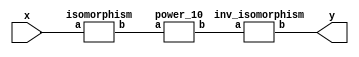
`timescale 1ns/100ps
module SMSS32_10_np_10_6(x,y);
	 input [5:0] x;
	 output [5:0] y;
	 wire [5:0] w;
	 wire [5:0] p;
	 isomorphism C2 (x,w);
	 power_10 C3 (w,p);
	 inv_isomorphism C4 (p,y);
endmodule

module add_base(a,b,c);
	 input [2:0] a;
	 input [2:0] b;
	 output [2:0] c;
	 assign c[0]=a[0]^b[0];
	 assign c[1]=a[1]^b[1];
	 assign c[2]=a[2]^b[2];
endmodule

module qube_base(a,b);
	 input [2:0] a;
	 output [2:0] b;
	 assign b[0]=a[0]^a[1]^(a[0]&a[2]);
	 assign b[1]=a[2]^(a[0]&a[1])^(a[0]&a[2]);
	 assign b[2]=a[1]^a[2]^(a[0]&a[1])^(a[1]&a[2]);
endmodule

module power_10(a,b);
	 input [5:0] a;
	 output [5:0] b;
	 wire [2:0] x_0;
	 wire [2:0] x_1;
	 wire [2:0] x_2;
	 wire [2:0] x_3;
	 wire [2:0] x_4;
	 wire [2:0] x_5;
	 wire [2:0] y_0;
	 wire [2:0] y_1;
	 assign x_0[0]=a[0];
	 assign x_0[1]=a[1];
	 assign x_0[2]=a[2];
	 assign x_1[0]=a[3];
	 assign x_1[1]=a[4];
	 assign x_1[2]=a[5];
	 add_base A1 (x_0,x_1,x_2);
	 qube_base A2 (x_2,x_3);
	 qube_base  A3 (x_0,x_4);
	 qube_base A4 (x_1,x_5);
	 add_base A5 (x_5,x_3,y_0);
	 add_base A6 (x_4,x_3,y_1);
	 assign b[0]=y_0[0];
	 assign b[1]=y_0[1];
	 assign b[2]=y_0[2];
	 assign b[3]=y_1[0];
	 assign b[4]=y_1[1];
	 assign b[5]=y_1[2];
endmodule

module inv_isomorphism(a,b);
	 input [5:0] a;
	 output [5:0] b;
	 assign b[0]=a[0]^a[1]^a[3]^a[5];
	 assign b[1]=a[1]^a[3]^a[4];
	 assign b[2]=a[0]^a[1];
	 assign b[3]=a[0]^a[1]^a[2]^a[3]^a[5];
	 assign b[4]=a[2]^a[3];
	 assign b[5]=a[0];
endmodule

module isomorphism(a,b);
	 input [5:0] a;
	 output [5:0] b;
	 assign b[0]=a[2]^a[4]^a[5];
	 assign b[1]=a[0]^a[1]^a[2]^a[4]^a[5];
	 assign b[2]=a[0]^a[2]^a[3]^a[4]^a[5];
	 assign b[3]=a[5];
	 assign b[4]=a[4];
	 assign b[5]=a[1]^a[2];
endmodule